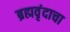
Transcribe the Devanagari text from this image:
ब्रह्मवृंदाचा